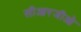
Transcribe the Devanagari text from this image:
सीआरजीओ